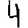
Digit: 4